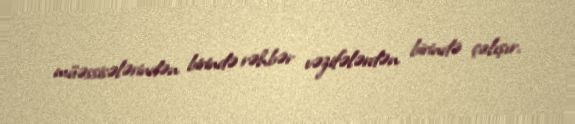
müəssisələrindən birində rəhbər vəzifələrdən birində çalışır.